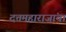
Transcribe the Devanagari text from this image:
दत्तमहाराजांचा